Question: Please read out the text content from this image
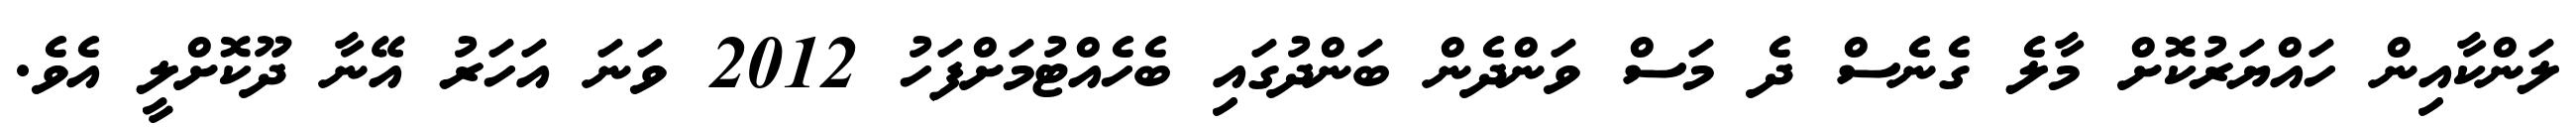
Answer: ލަންކާއިން ހައްޔަރުކޮށް މާލެ ގެނެސް ދެ މަސް ވަންދެން ބަންދުގައި ބެހެއްޓުމަށްފަހު 2012 ވަނަ އަހަރު އޭނާ ދޫކޮށްލީ އެވެ.